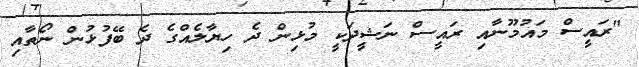
"ރައީސް މައުމޫނާއި ރައީސް ނަޝީދަކީ މުޅިން ދެ ހިޔާލެއްގެ ދެ ބޭފުޅުން ނޯތާއި